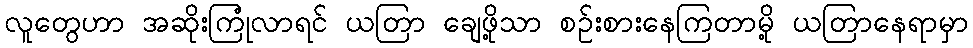
လူတွေဟာ အဆိုးကြုံလာရင် ယတြာ ချေဖို့သာ စဉ်းစားနေကြတာမို့ ယတြာနေရာမှာ